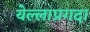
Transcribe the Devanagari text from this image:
येल्लाप्रगदा